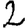
Digit: 2